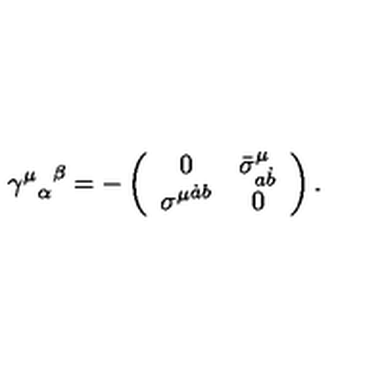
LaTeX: { { \gamma ^ { \mu } } _ { \alpha } } ^ { \beta } = - \left( \begin{array} { c c } { 0 } & { { { \bar { \sigma } } ^ { \mu } } _ { a \dot { b } } } \\ { { \sigma ^ { \mu } } ^ { \dot { a } b } } & { 0 } \\ \end{array} \right) .